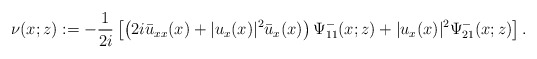
\begin{align*}\nu(x ;z):=-\frac{1}{2i}\left[\left(2 i \bar{u}_{xx}(x)+|u_x(x)|^2 \bar{u}_x(x)\right)\Psi^-_{11}(x;z)+|u_x(x)|^2 \Psi^-_{21}(x ; z)\right].\end{align*}